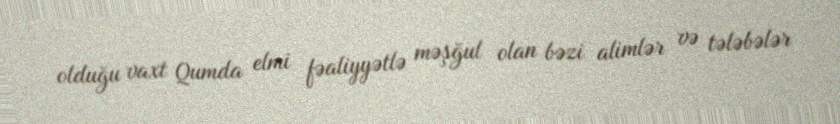
olduğu vaxt Qumda elmi fəaliyyətlə məşğul olan bəzi alimlər və tələbələr